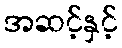
အဆင့်နှင့်